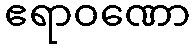
ဧရာဝဏော